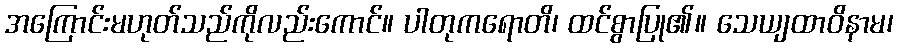
အကြောင်းမဟုတ်သည်ကိုလည်းကောင်။ ပါတုကရောတိ၊ ထင်စွာပြု၏။ သေယျထာဝိနာမ၊